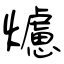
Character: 爈